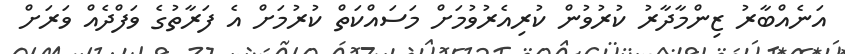
އަނެއްބާރު ޒިންމާދާރު ކުރުވުން ކުރިއެރުވުމަށް މަސައްކަތް ކުރުމަށް އެ ފަރާތުގެ ވަފްދެއް ވަރަށް